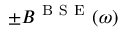
\pm \boldsymbol { B } ^ { \mathrm { ~ B ~ S ~ E ~ } } ( \omega )